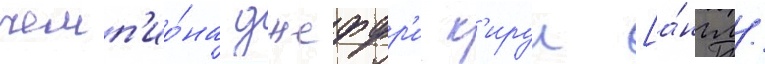
чемп'ио́на джеффр'и к'ируи [а́нгл.